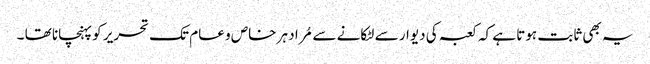
یہ بھی ثابت ہوتا ہے کہ کعبہ کی دیوار سے لٹکانے سے مُراد ہر خاص و عام تک تحریر کو پہنچانا تھا ۔